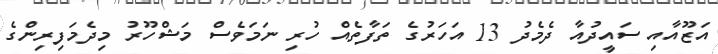
އަޒޫއާއި ސައީދުއާ ދެމެދު 13 އަހަރުގެ ތަފާތެއް ހުރި ނަމަވެސް މަޝްހޫރު މިދެމަފިރިންގެ